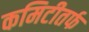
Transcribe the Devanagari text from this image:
कमिटीतर्फ